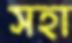
সহা